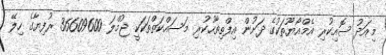
މިއަދު ސޮއިކުރި އެމްއޯޔޫތަކުގެ ދަށުން އިފްތިތާހުކުރި މަސައްކަތްތަކަކީ ޖުމްލަ 36609600 ރުފިޔާގެ ހިލޭ